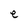
Character: e